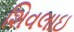
શિવલાઇ